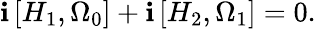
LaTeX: \mathbf{i}\left[H_{1},\Omega_{0}\right]+\mathbf{i}\left[H_{2},\Omega_{1}\right]=0.